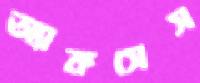
অ্যাকসেস